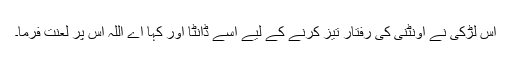
اس لڑکی نے اونٹنی کی رفتار تیز کرنے کے لیے اسے ڈانٹا اور کہا اے اللہ اس پر لعنت فرما۔